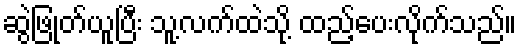
ဆွဲဖြုတ်ယူပြီး သူ့လက်ထဲသို့ ထည့်ပေးလိုက်သည်။